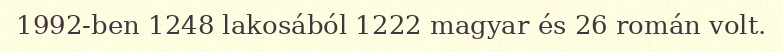
1992-ben 1248 lakosából 1222 magyar és 26 román volt.